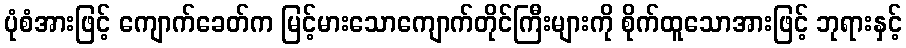
ပုံစံအားဖြင့် ကျောက်ခေတ်က မြင့်မားသောကျောက်တိုင်ကြီးများကို စိုက်ထူသောအားဖြင့် ဘုရားနှင့်